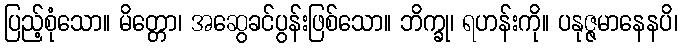
ပြည့်စုံသော။ မိတ္တော၊ အဆွေခင်ပွန်းဖြစ်သော။ ဘိက္ခု၊ ရဟန်းကို။ ပနုဇ္ဇမာနေနပိ၊